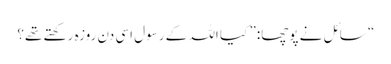
“ سائل نے پوچھا:” کیا اللہ کے رسول اسی دن روزہ رکھتے تھے؟